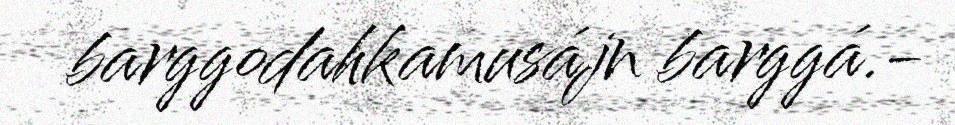
barggodahkamusájn barggá.-